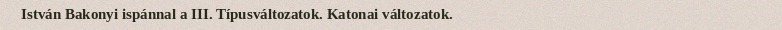
István Bakonyi ispánnal a III. Típusváltozatok. Katonai változatok.